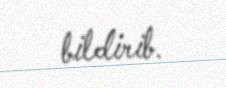
bildirib.